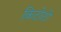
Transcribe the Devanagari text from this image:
किटोटो